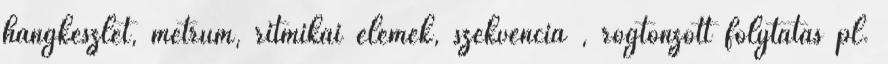
hangkészlet, metrum, ritmikai elemek, szekvencia , rögtönzött folytatás pl.